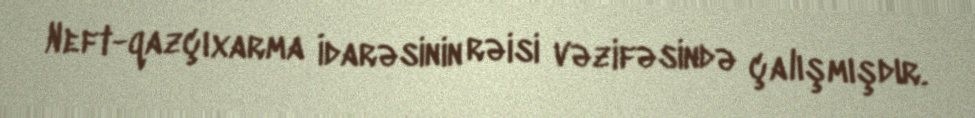
Neft-qazçıxarma İdarəsinin rəisi vəzifəsində çalışmışdır.